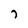
Character: 7